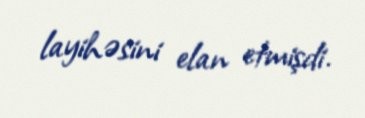
layihəsini elan etmişdi.